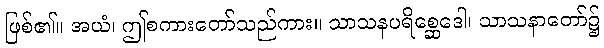
ဖြစ်၏။ အယံ၊ ဤစကားတော်သည်ကား။ သာသနပရိစ္ဆေဒေါ၊ သာသနာတော်၌